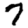
Digit: 7